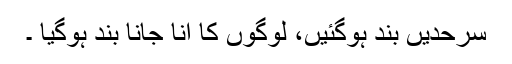
سرحدیں بند ہوگئیں، لوگوں کا آنا جانا بند ہوگیا ۔